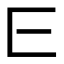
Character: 𬼖